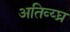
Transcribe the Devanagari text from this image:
अतिव्य्घ्र